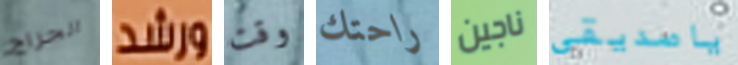
الجراج ورشد وقت راحتك ناجين ياصديقى